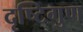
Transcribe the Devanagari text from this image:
दृष्टिगुण